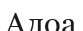
Алоа